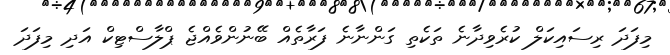
މިފަދަ ރިސައިކަލް ކުރެވިދާނެ ތަކެތި ގަންނާނެ ފަރާތެއް ބޭނުންވެއްޖެ ޕްލާސްޓިކް އަދި މިފަދަ